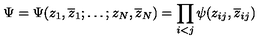
\Psi = \Psi ( z _ { 1 } , \overline { { z } } _ { 1 } ; \ldots ; z _ { N } , \overline { { z } } _ { N } ) = \prod _ { \scriptstyle i < j } \psi ( z _ { i j } , \overline { { z } } _ { i j } )